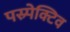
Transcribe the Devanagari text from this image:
पस्र्पेक्टिव